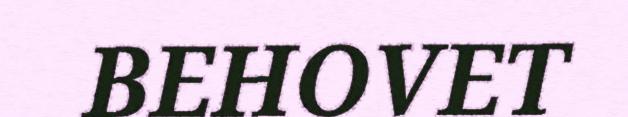
BEHOVET